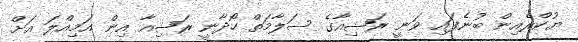
ޔުކްރެއިން ބުނެފައި ވަނީ ރަޝިއާގެ ސަލާމަތް ހޯދާނީ ރަޝިއާ އިން އަމިއްލަ އަށް